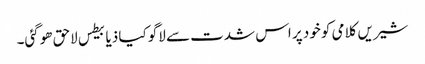
شیریں کلامی کو خود پر اس شدت سے لاگو کیا ذیابیطس لاحق ھوگئی۔